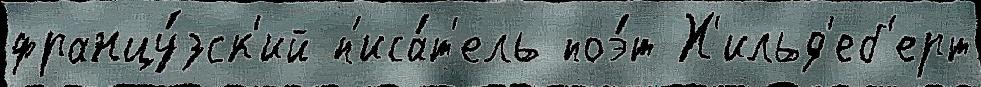
францу́зск'ий п'иса́т'ель поэ́т Х'ильд'еб'ерт